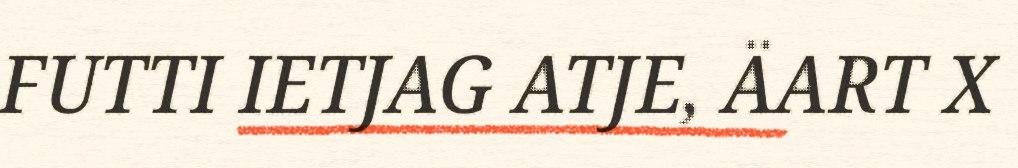
FUTTI IETJAG ATJE, ÄART X